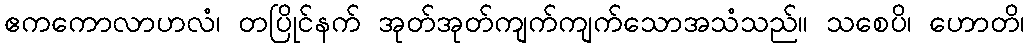
ဧကကောလာဟလံ၊ တပြိုင်နက် အုတ်အုတ်ကျက်ကျက်သောအသံသည်။ သစေပိ၊ ဟောတိ၊